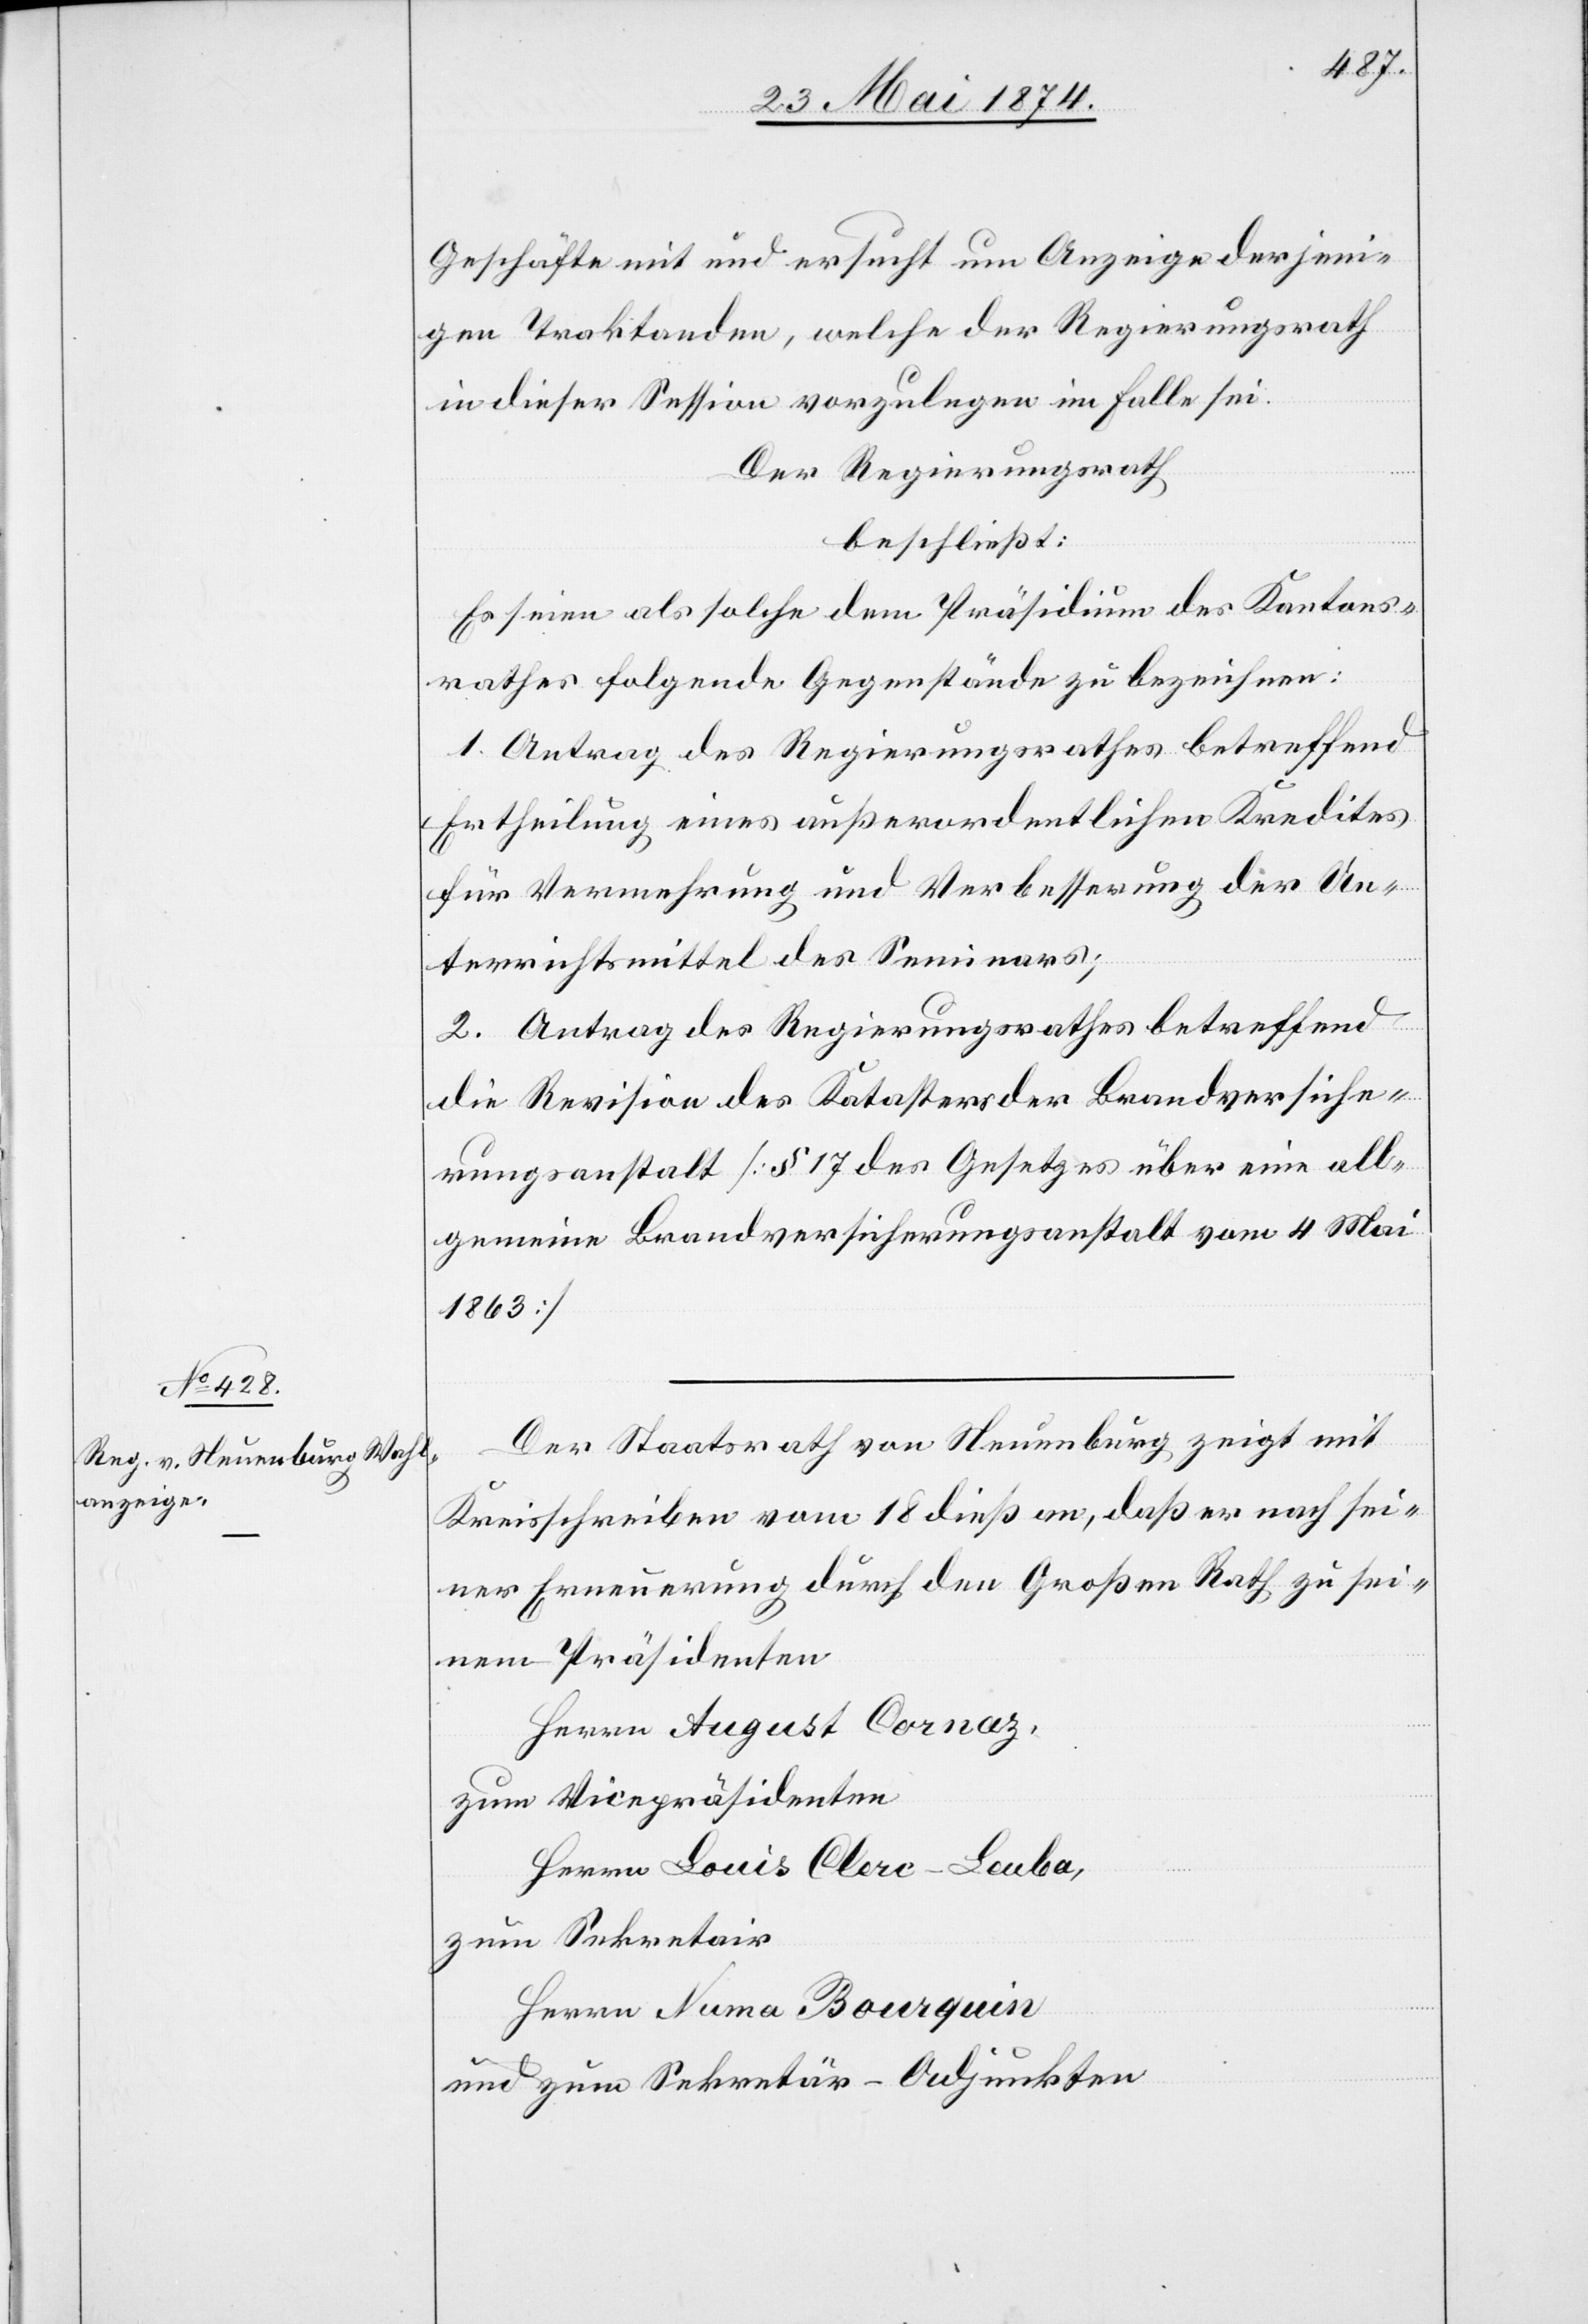
Geschäfte mit und ersucht um Anzeige derjeni¬
gen Traktanden, welche der Regierungsrath
in dieser Session vorzulegen im Falle sei.
Der Regierungsrath
beschließt:
Es seien als solche dem Präsidium des Kantons¬
rathes folgende Gegenstände zu bezeichnen:
1. Antrag des Regierungsrathes betreffend
Ertheilung eines außerordentlichen Kredites
für Vermehrung und Verbesserung der Un¬
terrichtsmittel des Seminars;
2. Antrag des Regierungsrathes betreffend
die Revision des Katasters der Brandversiche¬
rungsanstalt [§ 17 des Gesetzes über eine all¬
gemeine Brandversicherungsanstalt vom 4. Mai
1863].
Der Staatsrath von Neuenburg zeigt mit
Kreisschreiben vom 18. dieß an, daß er nach sei¬
ner Erneuerung durch den Großen Rath zu sei¬
nem Präsidenten
Herrn August Cornaz,
zum Vicepräsidenten
Herrn Louis Clerc-Leuba,
zum Sekretair
Herrn Numa Bourquin
und zum Sekretär-Adjunkten